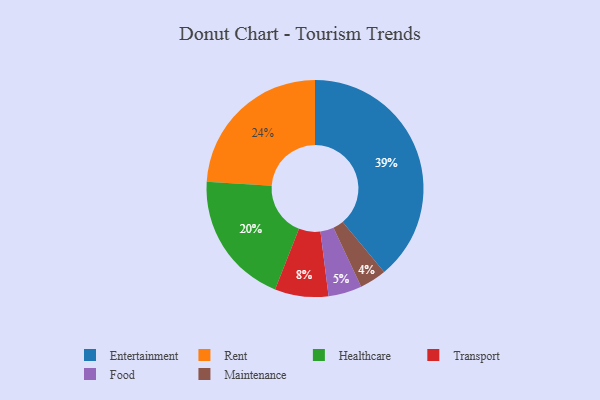
{"axis": {"x": "Category", "y": "Percentage"}, "legend": ["Entertainment", "Food", "Healthcare", "Maintenance", "Rent", "Transport"], "data": [{"x": "Entertainment", "y": 39, "type": "Entertainment"}, {"x": "Rent", "y": 24, "type": "Rent"}, {"x": "Maintenance", "y": 4, "type": "Maintenance"}, {"x": "Food", "y": 5, "type": "Food"}, {"x": "Transport", "y": 8, "type": "Transport"}, {"x": "Healthcare", "y": 20, "type": "Healthcare"}]}